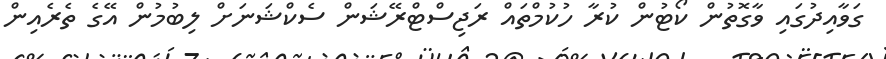
ގަވާއިދުގައި ވާގޮތުން ކޯޓުން ކުރާ ހުކުމްތައް ރަޖިސްޓްރޭޝަން ސެކްޝަނަށް ލިބުމުން އޭގެ ތެރެއިން